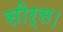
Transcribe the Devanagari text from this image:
सीर्स।